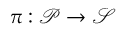
\pi : \mathcal { P } \overset { } { \rightarrow } \mathcal { S }